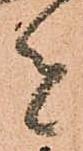
者